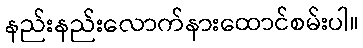
နည်းနည်းလောက်နားထောင်စမ်းပါ။